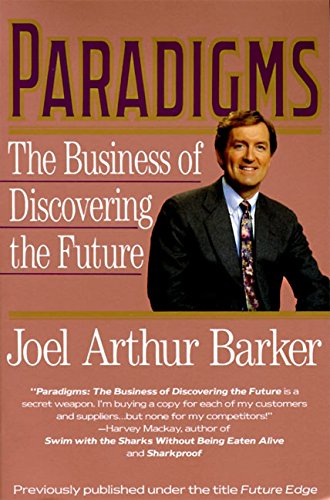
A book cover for Paradigms: The Business of Discovering the Future; Joel Arthur Barker; Business & Money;